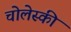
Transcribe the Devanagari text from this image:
चोलेस्की